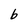
Character: b